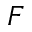
F